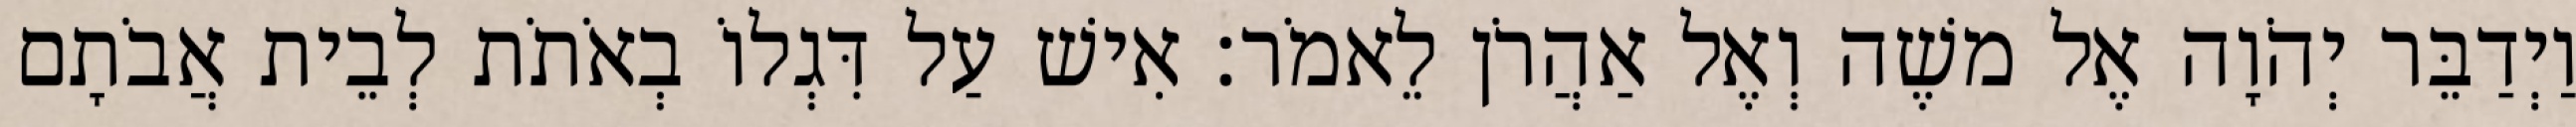
וַיְדַבֵּר יְהֹוָה אֶל משֶׁה וְאֶל אַהֲרֹן לֵאמֹר׃ אִישׁ עַל דִּגְלוֹ בְאֹתֹת לְבֵית אֲבֹתָם